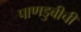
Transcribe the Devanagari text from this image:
पाणडुबीची